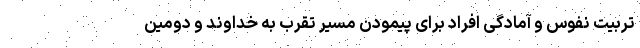
تربیت نفوس و آمادگی افراد برای پیمودن مسیر تقرب به خداوند و دومین